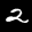
Label: 2